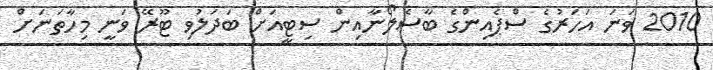
2010 ވަނަ އަހަރުގެ ސްޕެއިންގެ ބާސެލޯނާއިން ސިޓީއަށް ބަދަލުވި ޓޫރޭ ވަނީ މިހާތަނަށް